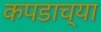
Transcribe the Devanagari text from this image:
कपडाच्या